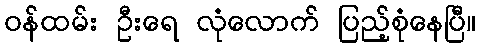
ဝန်ထမ်း ဦးရေ လုံလောက် ပြည့်စုံနေပြီ။